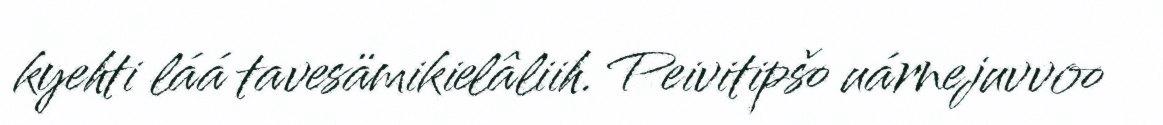
kyehti láá tavesämikielâliih. Peivitipšo uárnejuvvoo